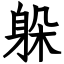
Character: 躲